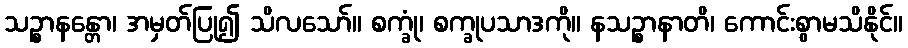
သဉ္စာနန္တော၊ အမှတ်ပြု၍ သိလသော်။ စက္ခုံ၊ စက္ခုပသာဒကို။ နသဉ္စာနာတိ၊ ကောင်းစွာမသိနိုင်။